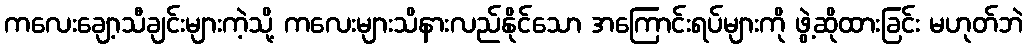
ကလေးချော့သီချင်းများကဲ့သို့ ကလေးများသိနားလည်နိုင်သော အကြောင်းရပ်များကို ဖွဲ့ဆိုထားခြင်း မဟုတ်ဘဲ